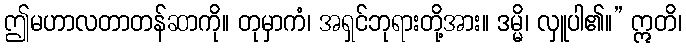
ဤမဟာလတာတန်ဆာကို။ တုမှာကံ၊ အရှင်ဘုရားတို့အား။ ဒမ္မိ၊ လှူပါ၏။” ဣတိ၊